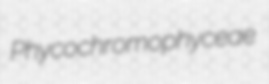
Phycochromophyceae